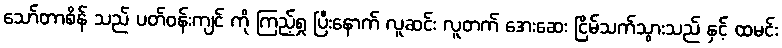
သော်တာစိန် သည် ပတ်ဝန်းကျင် ကို ကြည့်ရှု ပြီးနောက် လူဆင်း လူတက် အေးဆေး ငြိမ်သက်သွားသည် နှင့် ထမင်း